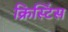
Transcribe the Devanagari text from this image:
क्रिस्टिंस